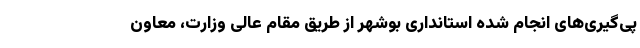
پی‌گیری‌های انجام شده استانداری بوشهر از طریق مقام عالی وزارت، معاون